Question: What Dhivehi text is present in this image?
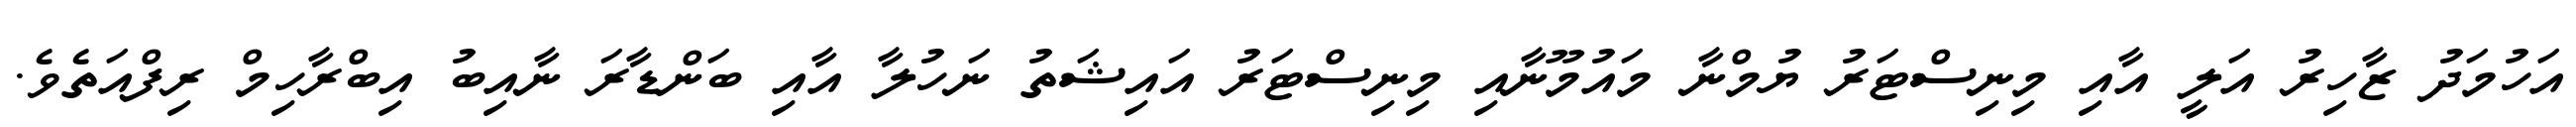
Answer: އަހުމަދު ޒާހިރު އަލީ އާއި މިނިސްޓަރު ޔުމްނާ މައުމޫނާއި މިނިސްޓަރު އައިޝަތު ނަހުލާ އާއި ބަންޑާރަ ނާއިބު އިބްރާހިމް ރިފްއަތެވެ.